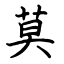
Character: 莫